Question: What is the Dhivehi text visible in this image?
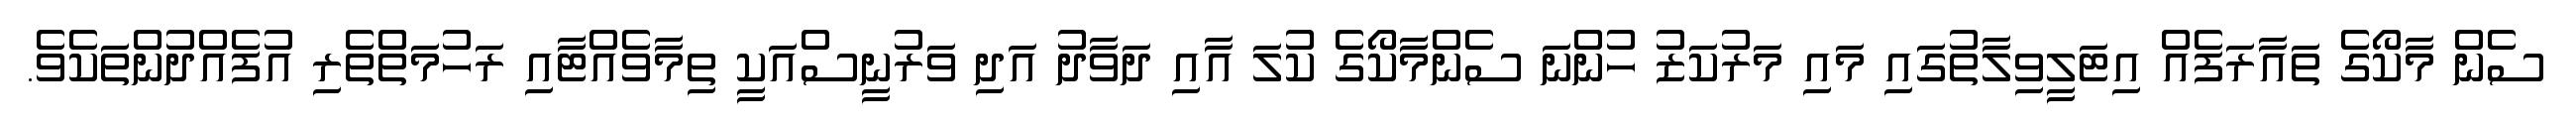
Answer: ސެން މާކޯގެ ތައާރަފެއް އިޓަލީވިލާތުގައި މައި މަރުކަޒު ހުންނަ ސެންމާކޯގެ ކުލަ އާއި ދަވާދު އަދި ވަރުނީސްއަކީ ތިމާވެއްޓާއި ރަހުމަތްތެރި އުފެއްދުންތަކެވެ.